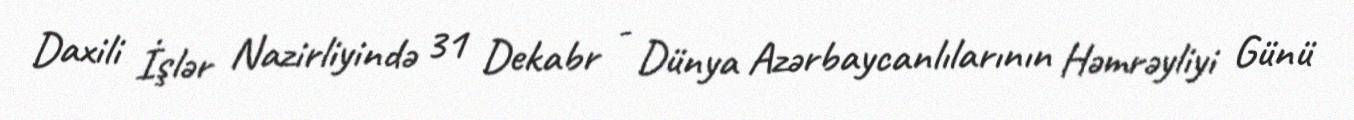
Daxili İşlər Nazirliyində 31 Dekabr - Dünya Azərbaycanlılarının Həmrəyliyi Günü